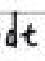
\(dt\)